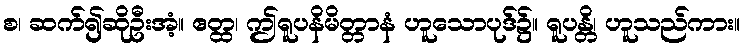
စ၊ ဆက်၍ဆိုဦးအံ့။ ဧတ္ထ၊ ဤရူပနိမိတ္တာနံ ဟူသောပုဒ်၌။ ရူပန္တိ၊ ဟူသည်ကား။